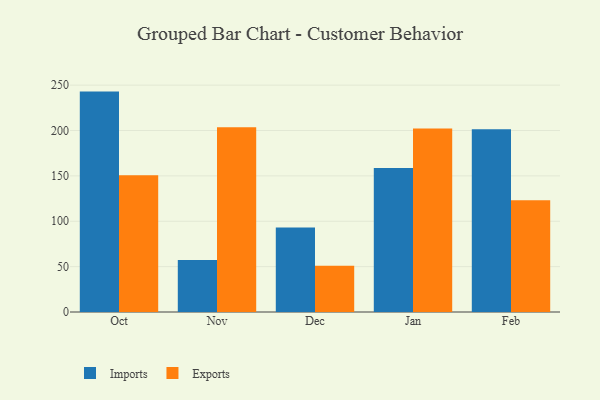
{"axis": {"x": "Month", "y": "Shipments"}, "legend": ["Exports", "Imports"], "data": [{"x": "Oct", "y": 242.9, "type": "Imports"}, {"x": "Oct", "y": 150.6, "type": "Exports"}, {"x": "Nov", "y": 57.4, "type": "Imports"}, {"x": "Nov", "y": 203.6, "type": "Exports"}, {"x": "Dec", "y": 93.0, "type": "Imports"}, {"x": "Dec", "y": 51.1, "type": "Exports"}, {"x": "Jan", "y": 158.7, "type": "Imports"}, {"x": "Jan", "y": 202.3, "type": "Exports"}, {"x": "Feb", "y": 201.5, "type": "Imports"}, {"x": "Feb", "y": 123.2, "type": "Exports"}]}